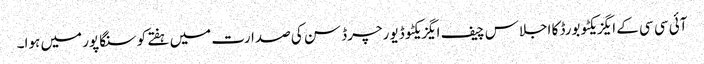
آئی سی سی کے ایگزیکٹو بورڈ کا اجلاس چیف ایگزیکٹو ڈیو رچرڈ سن کی صدارت میں ہفتے کو سنگاپور میں ہوا۔